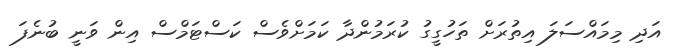
އަދި މިމައްސަލަ އިތުރަށް ތަހުގީގު ކުރަމުންދާ ކަމަށްވެެސް ކަސްޓަމްސް އިން ވަނީ ބުނެފަ